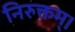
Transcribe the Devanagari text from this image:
निरुक्तम्।